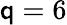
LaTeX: \mathsf{q}=6